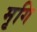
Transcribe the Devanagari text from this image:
मृगि